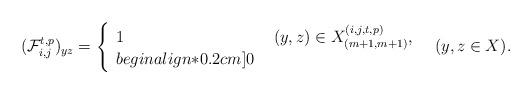
LaTeX: \begin{align*}(\mathcal{F}^{t,p}_{i,j})_{yz}=\left\{\begin{array}{ll} 1 &\ (y,z)\in X^{(i,j,t,p)}_{(m+1,m+1)},\\begin{align*}0.2cm] 0 & \end{array}\right.\ \ (y,z\in X).\end{align*}